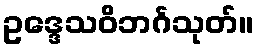
ဥဒ္ဒေသဝိဘင်္ဂသုတ်။